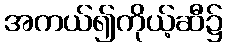
အကယ်၍ကိုယ့်ဆီ၌